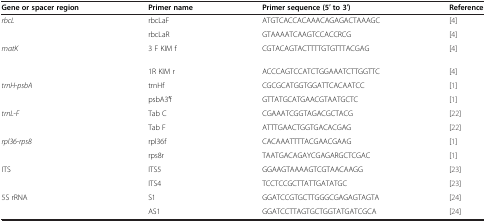
<table><thead><tr><td><b>Gene or spacer region</b></td><td><b>Primer name</b></td><td><b>Primer sequence (5′ to 3′)</b></td><td><b>Reference</b></td></tr></thead><tbody><tr><td><i>rbcL</i></td><td>rbcLaF</td><td>ATGTCACCACAAACAGAGACTAAAGC</td><td>[4]</td></tr><tr><td> </td><td>rbcLaR</td><td>GTAAAATCAAGTCCACCRCG</td><td>[4]</td></tr><tr><td><i>matK</i></td><td>3 F KIM f</td><td>CGTACAGTACTTTTGTGTTTACGAG</td><td>[4]</td></tr><tr><td> </td><td>1R KIM r</td><td>ACCCAGTCCATCTGGAAATCTTGGTTC</td><td>[4]</td></tr><tr><td><i>trnH</i>-<i>psbA</i></td><td>trnHf</td><td>CGCGCATGGTGGATTCACAATCC</td><td>[1]</td></tr><tr><td> </td><td>psbA3′f</td><td>GTTATGCATGAACGTAATGCTC</td><td>[1]</td></tr><tr><td><i>trnL</i>-<i>F</i></td><td>Tab C</td><td>CGAAATCGGTAGACGCTACG</td><td>[22]</td></tr><tr><td> </td><td>Tab F</td><td>ATTTGAACTGGTGACACGAG</td><td>[22]</td></tr><tr><td><i>rpl36</i>-<i>rps8</i></td><td>rpl36f</td><td>CACAAATTTTACGAACGAAG</td><td>[1]</td></tr><tr><td> </td><td>rps8r</td><td>TAATGACAGAYCGAGARGCTCGAC</td><td>[1]</td></tr><tr><td>ITS</td><td>ITS5</td><td>GGAAGTAAAAGTCGTAACAAGG</td><td>[23]</td></tr><tr><td> </td><td>ITS4</td><td>TCCTCCGCTTATTGATATGC</td><td>[23]</td></tr><tr><td>5S rRNA</td><td>S1</td><td>GGATCCGTGCTTGGGCGAGAGTAGTA</td><td>[24]</td></tr><tr><td> </td><td>AS1</td><td>GGATCCTTAGTGCTGGTATGATCGCA</td><td>[24]</td></tr></tbody></table>